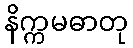
နိက္ကမဓာတု